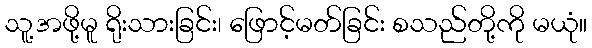
သူ့အဖို့မူ ရိုးသားခြင်း၊ ဖြောင့်မတ်ခြင်း စသည်တို့ကို မယုံ။